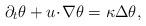
LaTeX: \begin{align*}\partial_t \theta + u \!\cdot\! \nabla \theta = \kappa \Delta \theta,\end{align*}